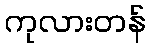
ကုလားတန်